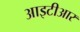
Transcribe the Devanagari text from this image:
आइटीआर